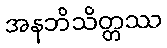
အနဘိသိတ္တဿ